Lunatic asylums Central Provinces reports 1910-1926 - 1910-1926
Year: 1910
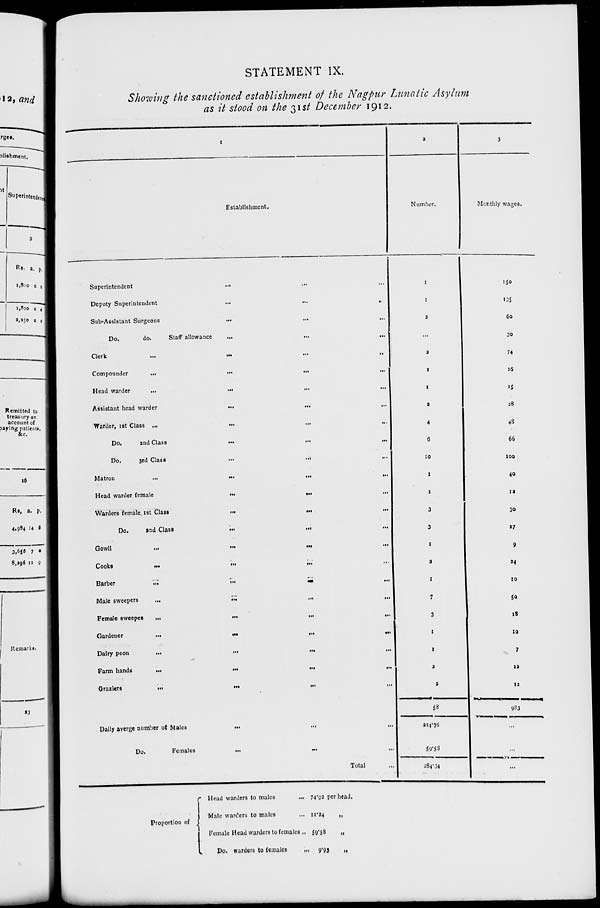
STATEMENT IX.
Showing the sanctioned establishment of the Nagpur Lunatic Asylum
as it stood on the 31st December 1912.
1
Establishment.
Superintendent
...
... ...
Deputy Superintendent
...
...
...
Sub-Assistant Surgeons
...
... ...
Do.
do.
Staff allowance
...
...
...
Clerk
...
...
...
...
Compounder
...
...
...
...
Head warder
...
... ... ...
Assistant head warder
...
...
...
Warder, 1st Class ...
...
... ...
Do.
and Class
...
...
...
Do.
3rd Class
...
...
...
Matron
...
...
...
...
Head warder female
...
... ...
Warders female, 1st Class
...
...
...
Do.
and Class
...
...
...
Gowli
... ... ... ...
Cooks
...
...
...
...
Barber
...
...
...
...
Male sweepers
...
...
... ...
Female sweepes
...
...
...
...
Gardener
...
...
...
...
Dairy peon
...
...
...
...
Farm hands
...
...
...
...
Graziers
...
...
...
...
Daily averge number of Males
...
...
...
Do.
Females ... ... ...
Total
2
Number.
1
1
2
...
2
1
1
2
4
6
10
1
1
3
3
1
2
1
7
3
1
1
2
2
58
234.76
59.58
284.34
3
Monthly wages.
150
135
60
30
74
16
15
28
48
66
100
40
12
30
27
9
24
10
50
18
10
7
12
12
983
...
...
...
Proportion of
Head warders to males ...
Male warders to males ...
Female Head warders to females ..
Do. warders to females
...
74.93 per head.
11.24
„
59.58
„
9.93
„